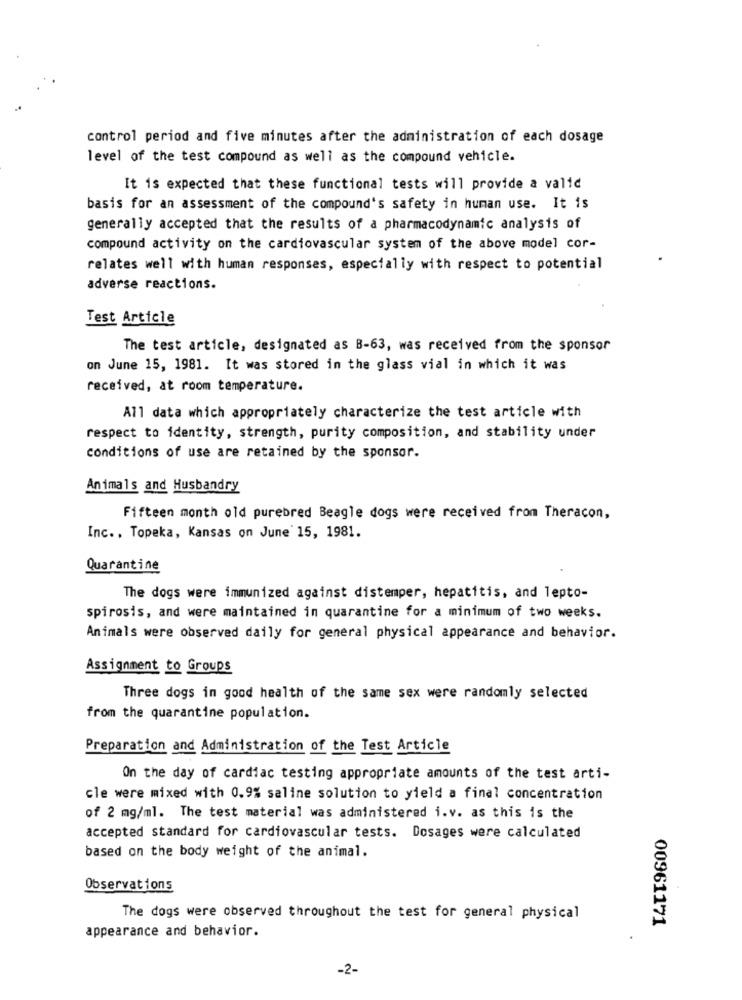
control period and five minutes after the administration of each dosage
level of the test compound as well as the compound vehicle.
It is expected that these functional tests will provide a valid
basis for an assessment of the compound's safety in human use. It is
generally accepted that the results of a pharmacodynamic analysis of
compound activity on the cardiovascular system of the above model cor-
relates well with human responses, especially with respect to potential
adverse reactions.
Test Article
The test article, designated as B-63, was received from the sponsor
on June 15, 1981. It was stored in the glass vial in which it was
received, at room temperature.
All data which appropriately characterize the test article with
respect to identity, strength, purity composition, and stability under
Conditions of use are retained by the sponsor.
Animals and Husbandry
Fifteen month old purebred Beagle dogs were received from Theracon,
Inc ., Topeka, Kansas on June 15, 1981.
Quarantine
The dogs were immunized against distemper, hepatitis, and lepto-
spirosis, and were maintained in quarantine for a minimum of two weeks.
Animals were observed daily for general physical appearance and behavior.
Assignment to Groups
Three dogs in good health of the same sex were randomly selected
from the quarantine population.
Preparation and Administration of the Test Article
On the day of cardiac testing appropriate amounts of the test arti-
cle were mixed with 0.9% saline solution to yield a final concentration
of 2 mg/ml. The test material was administered i.v. as this is the
accepted standard for cardiovascular tests. Dosages were calculated
based on the body weight of the animal.
Observations
The dogs were observed throughout the test for general physical
00961171
appearance and behavior.
-2-